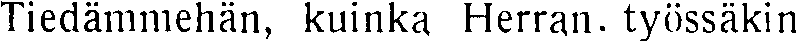
Tiedämmehän, kuinka Herran. työssäkin